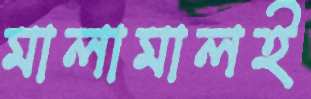
মালামালই